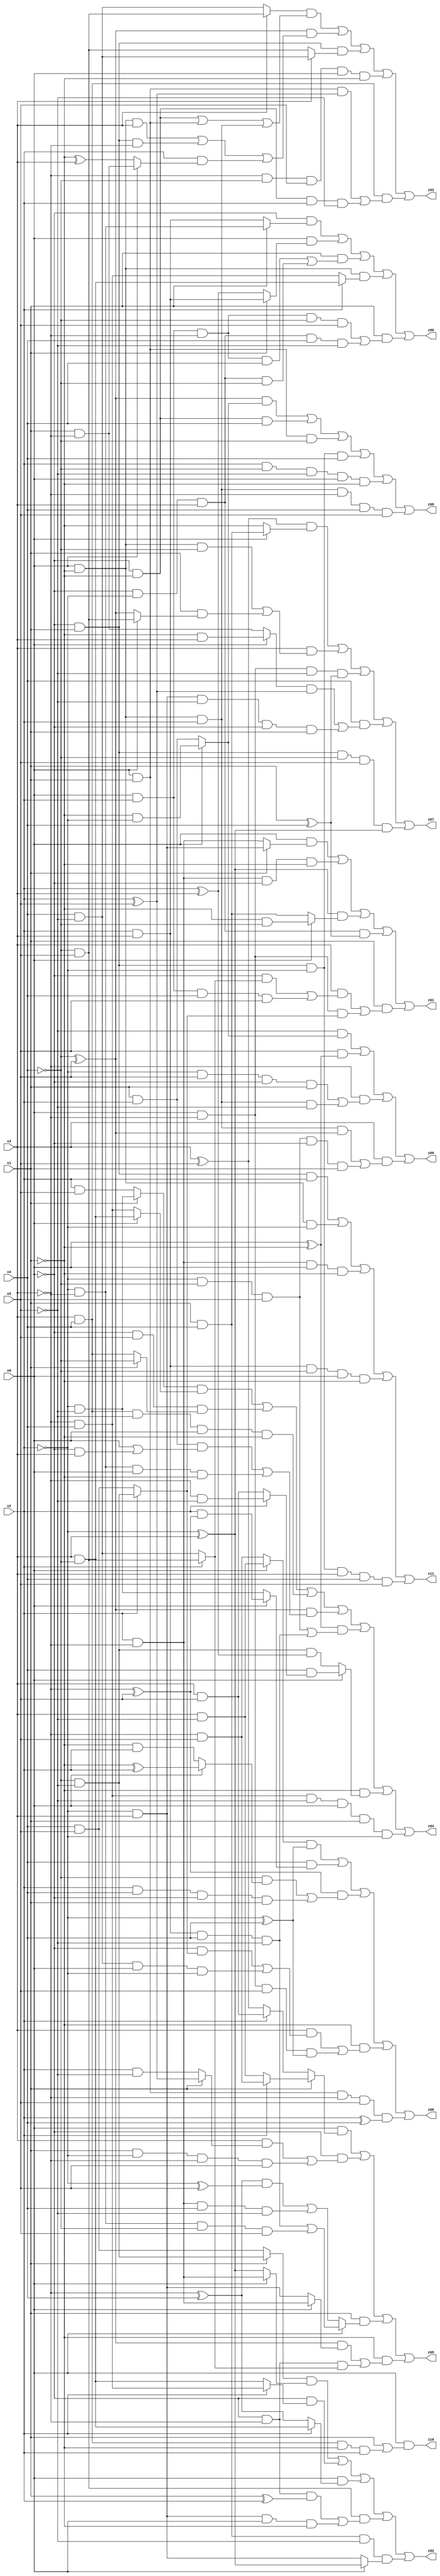
// Benchmark "X_20" written by ABC on Fri Jun 02 03:24:35 2023

module X_20 ( 
    x0, x1, x2, x3, x4, x5,
    z00, z01, z02, z03, z04, z05, z06, z07, z08, z09, z10, z11  );
  input  x0, x1, x2, x3, x4, x5;
  output z00, z01, z02, z03, z04, z05, z06, z07, z08, z09, z10, z11;
  assign z00 = (~x0 & (x1 ? (~x2 & ~x3) : (x2 & x3))) | (x0 & (x1 ? (x2 & x3) : (x2 ^ x3))) | (x1 & ((x0 & x2 & ~x3 & x4) | (~x0 & ~x2 & x3 & ~x4))) | (x0 & ~x1 & (x2 ? (x3 & ~x4) : (~x3 & x4))) | (x1 & ((x0 & x2 & ~x3 & ~x4 & x5) | (~x0 & ~x2 & x3 & x4 & ~x5)));
  assign z01 = (x0 & (x1 ? (~x2 & x3) : (x2 & ~x3))) | (x2 & ~x3 & ~x0 & ~x1) | ((~x2 ^ x3) & (x0 ? (~x1 & ~x4) : (x1 & x4))) | (~x0 & ~x2 & x3 & (x1 ^ x4)) | (x1 & ((x3 & ((~x0 & (x2 ? (~x4 & x5) : (x4 & ~x5))) | (x0 & x2 & x4 & x5))) | (x0 & ~x3 & (x2 ? (~x4 & ~x5) : (x4 & x5)))));
  assign z02 = ((x1 ? (~x4 & ~x5) : (x4 & x5)) & (x0 ? (x2 & ~x3) : (~x2 ^ x3))) | (~x0 & (x2 ? (~x3 & x4) : (x3 & ~x4))) | (x0 & (x2 ? (x3 & ~x4) : (~x3 ^ x4))) | (~x4 & x5 & ((~x0 & ~x3 & (x1 ^ x2)) | (~x2 & x3 & x0 & ~x1))) | (x1 & x4 & ~x5 & (x0 ? (~x2 ^ x3) : (~x2 & x3)));
  assign z03 = ((x3 ? (~x4 & x5) : (x4 & ~x5)) & ((~x0 & ~x1) | (x0 & x1) | (x0 & ~x1 & x2))) | ((~x4 ^ x5) & ((x0 & ~x1 & x3) | (~x0 & x1 & ~x3) | (x2 & (x0 ? (x1 & ~x3) : (~x1 ^ x3))))) | (~x0 & x1 & (x3 ? (x4 & ~x5) : (~x4 & x5))) | (~x3 & ~x4 & x5 & x0 & ~x1) | (x3 & x4 & ((x0 & x1 & (x2 ^ x5)) | (~x0 & ~x1 & x2 & ~x5)));
  assign z04 = ((x1 ? (~x2 & ~x5) : (x2 & x5)) & (x0 ? (x3 & ~x4) : (~x3 & x4))) | (~x0 & x5 & (x1 ? ~x4 : (x3 & x4))) | (x3 & x4 & ~x5 & x0 & ~x1) | ((~x4 ^ x5) & ((x1 & x2 & (x0 | (~x0 & x3))) | (~x2 & ~x3 & x0 & ~x1))) | ((x0 ^ ~x1) & ((~x2 & ~x4 & x5) | (x2 & x3 & x4 & ~x5))) | (~x1 & (x0 ? (x4 & (x2 ? (~x3 & ~x5) : (x3 & x5))) : (~x4 & ~x5 & (x2 ^ x3)))) | (~x3 & x4 & ~x5 & x0 & x1 & ~x2);
  assign z05 = (x0 & (x1 ? (x2 ? (~x3 & x5) : (x3 & ~x5)) : (x2 ? (x3 & x5) : (x3 ^ x5)))) | (~x0 & ((x3 & (x1 ? (x2 ^ x5) : (x2 & ~x5))) | (x1 & ~x2 & ~x3 & x5))) | (x1 & (x0 ? ((x2 & x3 & x4 & ~x5) | (~x2 & ~x3 & ~x4 & x5)) : (((~x3 ^ x4) & (~x2 ^ x5)) | (x2 & ~x3 & x4 & ~x5)))) | (~x1 & (((~x4 ^ x5) & (x0 ? (x2 & ~x3) : (~x2 & x3))) | (~x0 & ~x3 & (x2 ? (~x4 & x5) : (x4 & ~x5)))));
  assign z06 = ((x0 ? (x3 & ~x5) : (~x3 & x5)) & (~x2 ^ x4)) | (x4 & (x0 ? (x2 & (~x3 ^ x5)) : (~x2 & ~x5))) | ((~x3 ^ x5) & ((~x4 & (x0 ? (~x1 ^ x2) : (~x1 & x2))) | (x2 & x4 & ~x0 & x1))) | (~x1 & ((x3 & ((~x0 & (x2 ? (~x4 & ~x5) : (x4 & x5))) | (x4 & ~x5 & x0 & ~x2))) | (x0 & ~x3 & x5 & (~x2 ^ x4)))) | (x0 & x1 & ~x3 & x5 & (x2 ^ x4));
  assign z07 = ((x3 ^ x5) & (x0 ? (x1 & x4) : ~x1)) | (x3 & ((x0 & ~x1 & ~x4) | (x1 & (x0 ? (~x4 & x5) : (~x4 ^ x5))))) | (x0 & ~x3 & ~x5 & (x1 ^ x4)) | (x4 & (((x0 ? (~x1 & x3) : (x1 & ~x3)) & (x2 ^ x5)) | (~x2 & x3 & ~x5 & ~x0 & x1))) | (~x0 & x1 & ~x4 & x5 & (~x2 ^ x3));
  assign z08 = ((~x4 ^ x5) & (x0 ? (~x1 & ~x2) : (x1 & x2))) | (~x0 & ~x1 & x4) | (x0 & x1 & ~x4) | (~x0 & x1 & ~x2 & x4) | (x2 & ~x4 & ~x5 & x0 & ~x1) | (x0 & ~x1 & x2 & ~x3 & x4 & x5);
  assign z09 = (~x5 & (x0 ? (~x1 & ~x2) : (x1 & x2))) | (x5 & (x0 ^ ~x1)) | (~x3 & ((~x2 & x5 & ~x0 & x1) | (x0 & ~x1 & x2 & ~x5))) | (x3 & ((x0 & ~x1 & x2 & (~x4 ^ x5)) | (~x2 & ~x4 & x5 & ~x0 & x1)));
  assign z10 = x0 & (x1 | (x3 & x4 & ~x1 & x2));
  assign z11 = (~x0 & x1 & x2) | (x0 & ~x1 & ~x2) | (x2 & ~x3 & x0 & ~x1) | (x2 & x3 & ~x4 & x0 & ~x1) | (~x0 & x1 & ~x2 & x3 & x4 & x5);
endmodule